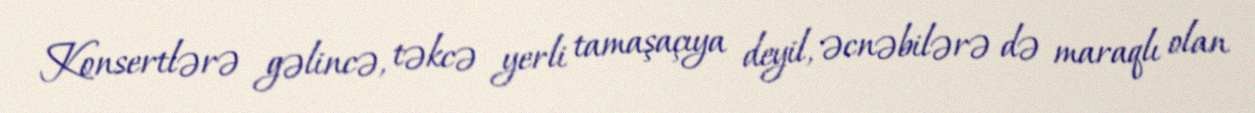
Konsertlərə gəlincə, təkcə yerli tamaşaçıya deyil, əcnəbilərə də maraqlı olan